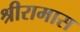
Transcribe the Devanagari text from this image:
श्रीरामास